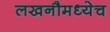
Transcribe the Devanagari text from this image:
लखनौमध्येच